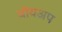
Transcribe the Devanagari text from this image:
बॉयअप